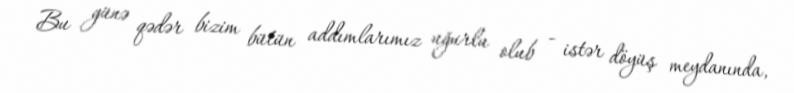
Bu günə qədər bizim bütün addımlarımız uğurlu olub - istər döyüş meydanında,